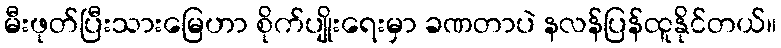
မီးဖုတ်ပြီးသားမြေဟာ စိုက်ပျိုးရေးမှာ ခဏတာပဲ နလန်ပြန်ထူနိုင်တယ်။